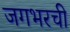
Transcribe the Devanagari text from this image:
जगभरची